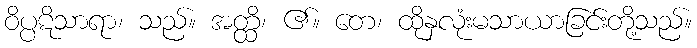
ဝိပ္ပဋိသာရာ၊ သည်။ အတ္ထိ၊ ၏။ တေ၊ ထိုနှလုံးမသာယာခြင်းတို့သည်။